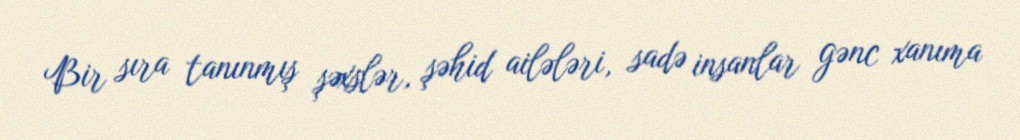
Bir sıra tanınmış şəxslər, şəhid ailələri, sadə insanlar gənc xanıma